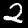
Label: 2